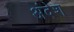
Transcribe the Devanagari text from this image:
अंदेश